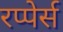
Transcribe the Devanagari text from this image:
रप्पेर्स